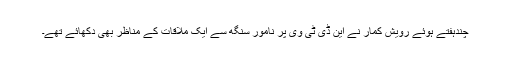
چندہفتے ہوئے رویش کمار نے این ڈی ٹی وی پر نامور سنگھ سے ایک ملاقات کے مناظر بھی دکھائے تھے۔